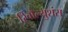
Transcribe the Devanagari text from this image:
रिवौल्युशंस